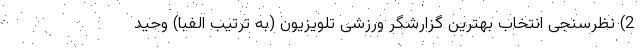
2) نظرسنجی انتخاب بهترین گزارشگر ورزشی تلویزیون (به ترتیب الفبا) وحید